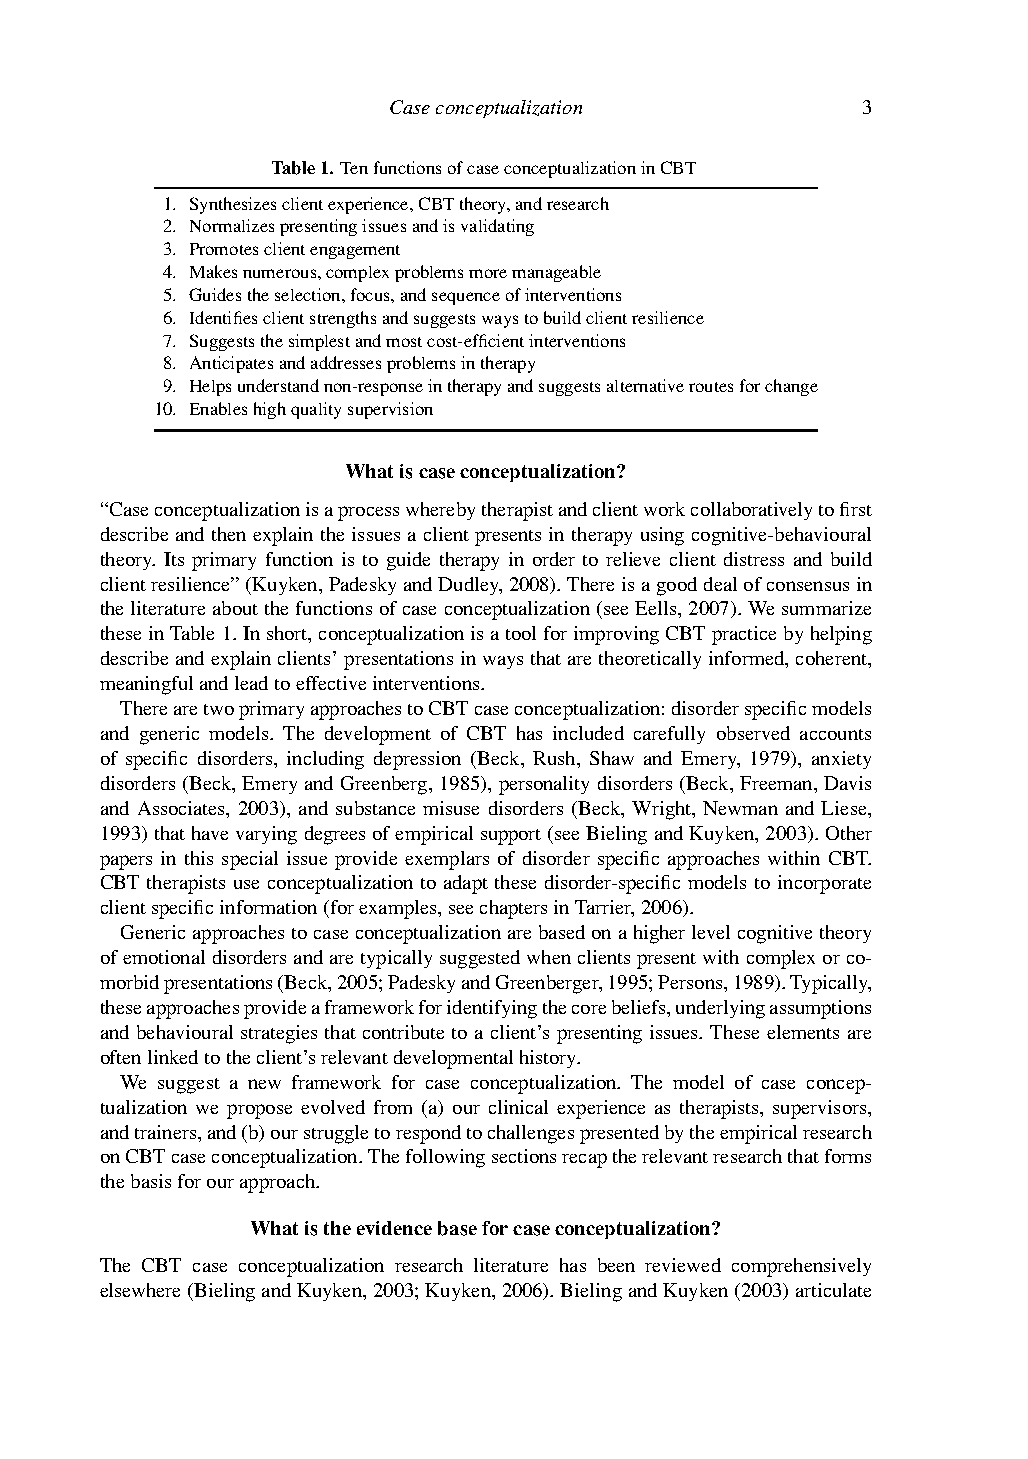
Caseconceptualization          3
 Table1. TenfunctionsofcaseconceptualizationinCBT
 1. Synthesizesclientexperience,CBTtheory,andresearch
 2. Normalizespresentingissuesandisvalidating
 3. Promotesclientengagement
 4. Makesnumerous,complexproblemsmoremanageable
 5. Guidestheselection,focus,andsequenceofinterventions
 6. Identifiesclientstrengthsandsuggestswaystobuildclientresilience
 7. Suggeststhesimplestandmostcost-efficientinterventions
 8. Anticipatesandaddressesproblemsintherapy
 9. Helpsunderstandnon-responseintherapyandsuggestsalternativeroutesforchange
 10. Enableshighqualitysupervision
 Whatiscaseconceptualization?
 “Caseconceptualizationisaprocesswherebytherapistandclientworkcollaborativelytofirst
 describeandthenexplaintheissuesaclientpresentsintherapyusingcognitive-behavioural
 theory. Its primary function is to guide therapy in order to relieve client distress and build
 clientresilience”(Kuyken,PadeskyandDudley,2008).Thereisagooddealofconsensusin
 theliteratureaboutthefunctionsofcaseconceptualization(seeEells,2007).Wesummarize
 theseinTable1.Inshort,conceptualizationisatoolforimprovingCBTpracticebyhelping
 describeandexplainclients’presentationsinwaysthataretheoreticallyinformed,coherent,
 meaningfulandleadtoeffectiveinterventions.
 TherearetwoprimaryapproachestoCBTcaseconceptualization:disorderspecificmodels
 and generic models. The development of CBT has included carefully observed accounts
 of specific disorders, including depression (Beck, Rush, Shaw and Emery, 1979), anxiety
 disorders(Beck,EmeryandGreenberg,1985),personalitydisorders(Beck,Freeman,Davis
 and Associates, 2003), and substance misuse disorders (Beck, Wright, Newman and Liese,
 1993)thathavevaryingdegreesofempiricalsupport(seeBielingandKuyken,2003).Other
 papers in this special issue provide exemplars of disorder specific approaches within CBT.
 CBT therapists use conceptualization to adapt these disorder-specific models to incorporate
 clientspecificinformation(forexamples,seechaptersinTarrier,2006).
 Genericapproachestocaseconceptualizationarebasedonahigherlevelcognitivetheory
 ofemotionaldisordersandaretypicallysuggestedwhenclientspresentwithcomplexorco-
 morbidpresentations(Beck,2005;PadeskyandGreenberger,1995;Persons,1989).Typically,
 theseapproachesprovideaframeworkforidentifyingthecorebeliefs,underlyingassumptions
 and behavioural strategies that contribute to a client’s presenting issues. These elements are
 oftenlinkedtotheclient’srelevantdevelopmentalhistory.
 We suggest a new framework for case conceptualization. The model of case concep-
 tualization we propose evolved from (a) our clinical experience as therapists, supervisors,
 andtrainers,and(b)ourstruggletorespondtochallengespresentedbytheempiricalresearch
 onCBTcaseconceptualization.Thefollowingsectionsrecaptherelevantresearchthatforms
 thebasisforourapproach.
 Whatistheevidencebaseforcaseconceptualization?
 The CBT case conceptualization research literature has been reviewed comprehensively
 elsewhere(BielingandKuyken,2003;Kuyken,2006).BielingandKuyken(2003)articulate